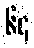
၆၄